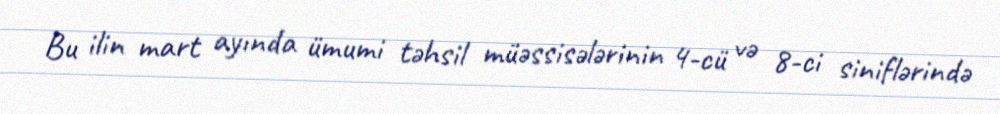
Bu ilin mart ayında ümumi təhsil müəssisələrinin 4-cü və 8-ci siniflərində